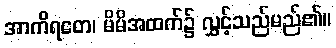
အာကိရတေ၊ မိမိအထက်၌ လွှင့်သည်မည်၏။